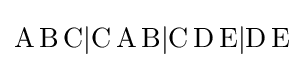
\mathrm {A\,B\,C|C\,A\,B|C\,D\,E|D\,E}